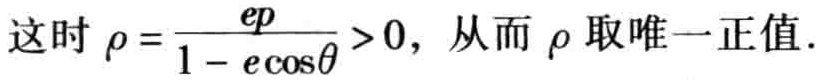
这时 \(\rho = \frac{ep}{1 - e\cos\theta} > 0\)，从而 \(\rho\) 取唯一正值.